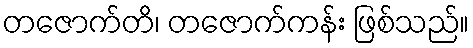
တဇောက်တိ၊ တဇောက်ကန်း ဖြစ်သည်။